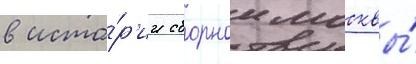
в исто́р'ии сборнои москвы́